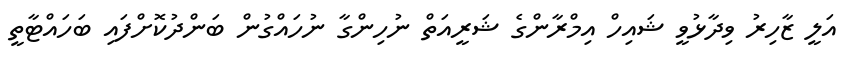
އަލީ ޒާހިރު ވިދާޅުވީ ޝައިހް އިމްރާންގެ ޝަރީއަތް ނުހިންގާ ނުހައްގުން ބަންދުކޮށްފައި ބަހައްޓާތީ